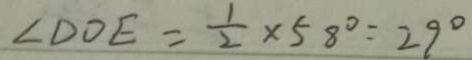
\angle D O E = \frac { 1 } { 2 } \times 5 8 ^ { \circ } = 2 9 ^ { \circ }